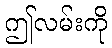
ဤလမ်းကို